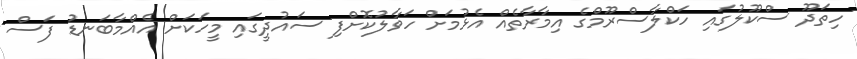
ހިތަދޫ ސްކޫލުގައި ހަކްލާސްރޫމްގެ އިމާރާތެއް އެޅުމަށް ހަވާލުކޮށްފި ސައުދީގައި މީހަކަށް އެއްމާބަނޑު ފަސް